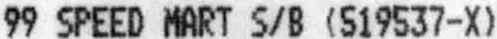
99 SPEED MART S/B (519537-X)